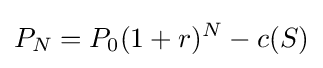
P_{N}=P_{0}(1+r)^{N}-c(S)